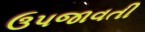
ઉપજાવતી